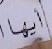
أيها